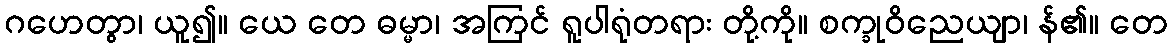
ဂဟေတွာ၊ ယူ၍။ ယေ တေ ဓမ္မာ၊ အကြင် ရူပါရုံတရား တို့ကို။ စက္ခုဝိညေယျာ၊ န်၏။ တေ